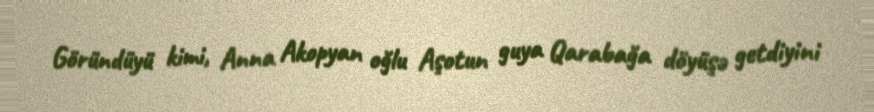
Göründüyü kimi, Anna Akopyan oğlu Aşotun guya Qarabağa döyüşə getdiyini